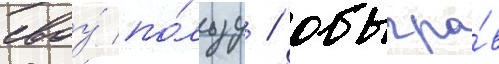
своу́ по́льзу / обыгра́в